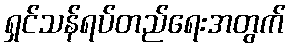
ရှင်သန်ရပ်တည်ရေးအတွက်